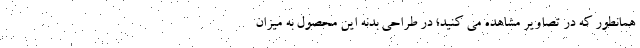
همانطور که در تصاویر مشاهده می کنید؛ در طراحی بدنه این محصول به میزان